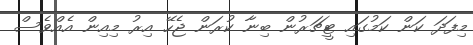
މިފަދަ ކަން ކަމުގައި ޓީޗަރުން ބިނާ ކުރަން ޖެހޭ އިރު މިއިން އެއްވެސް